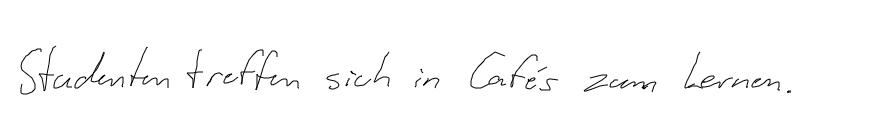
Studenten treffen sich in Cafés zum Lernen.